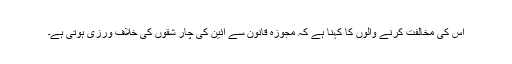
اس کی مخالفت کرنے والوں کا کہنا ہے کہ مجوزہ قانون سے آئین کی چار شقوں کی خلاف ورزی ہوتی ہے۔